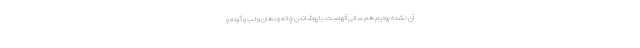
آن نشده بودیم هم سانی آنهاست. با پوشاندن چانه و دهان و لب و گونه و